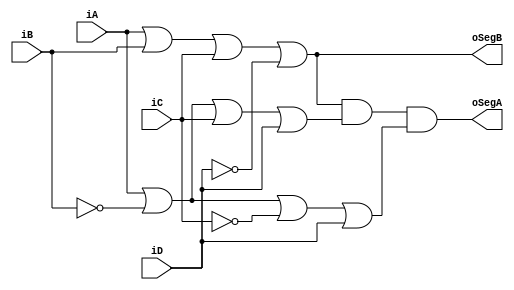
module CONVERTIDOR_BCD(
	input iA,
	input iB,
	input iC,
	input iD,
	output oSegA,
	output oSegB
	
);
 // Asiganción continua
	assign oSegA =  rOperacion & (iA | ~iB | iC | iD ) & (iA | ~iB | ~iC | iD);
	assign oSegB = rOperacion;
	
 // Cables y registros
 reg  rOperacion;
 
 // Bloque combinacional 
 always @ * 
 begin 
 
	 rOperacion = (iA | iB |iC | ~iD);
	
 end
 
 
 endmodule